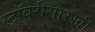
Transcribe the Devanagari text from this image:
स्ट्रॉबेरीसारखी